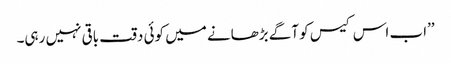
’’اب اس کیس کو آگے بڑھانے میں کوئی دقت باقی نہیں رہی۔